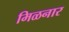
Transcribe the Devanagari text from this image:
मिळनार